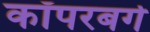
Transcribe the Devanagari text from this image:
कॉपरबर्ग